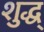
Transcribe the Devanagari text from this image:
शुद्ध्